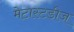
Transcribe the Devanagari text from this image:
मेटास्टडीज